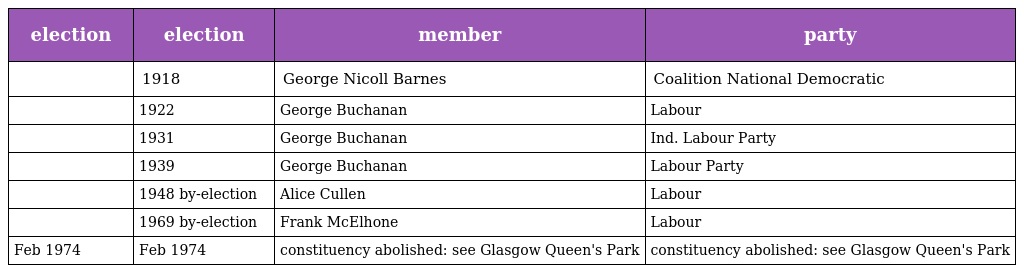
| election | election | member | party |
 | --- | --- | --- | --- |
 |  | 1918 | George Nicoll Barnes | Coalition National Democratic |
 |  | 1922 | George Buchanan | Labour |
 |  | 1931 | George Buchanan | Ind. Labour Party |
 |  | 1939 | George Buchanan | Labour Party |
 |  | 1948 by-election | Alice Cullen | Labour |
 |  | 1969 by-election | Frank McElhone | Labour |
 | Feb 1974 | Feb 1974 | constituency abolished: see Glasgow Queen's Park | constituency abolished: see Glasgow Queen's Park |